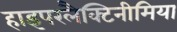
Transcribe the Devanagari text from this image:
हाइपरलैक्टिनीमिया